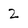
Character: 2